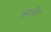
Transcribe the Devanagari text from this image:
रिंगचेन